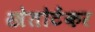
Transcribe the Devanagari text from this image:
स्त्रेतोटेंकर